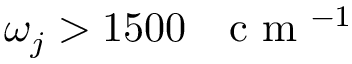
\omega _ { j } > 1 5 0 0 \mathrm { ~ ~ ~ c ~ m ~ } ^ { - 1 }